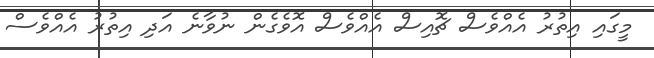
މީގައި އިތުރު އެއްވެސް ޗޮއިސް އެއްވެސް އޮވެގެން ނުވާނެ އަދި އިތުރު އެއްވެސް